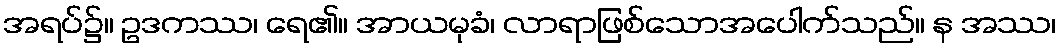
အရပ်၌။ ဥဒကဿ၊ ရေ၏။ အာယမုခံ၊ လာရာဖြစ်သောအပေါက်သည်။ န အဿ၊